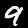
Digit: 9